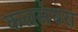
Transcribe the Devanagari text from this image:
कलसंघरा